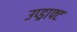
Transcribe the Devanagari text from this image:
उप्ड्राफ्ट